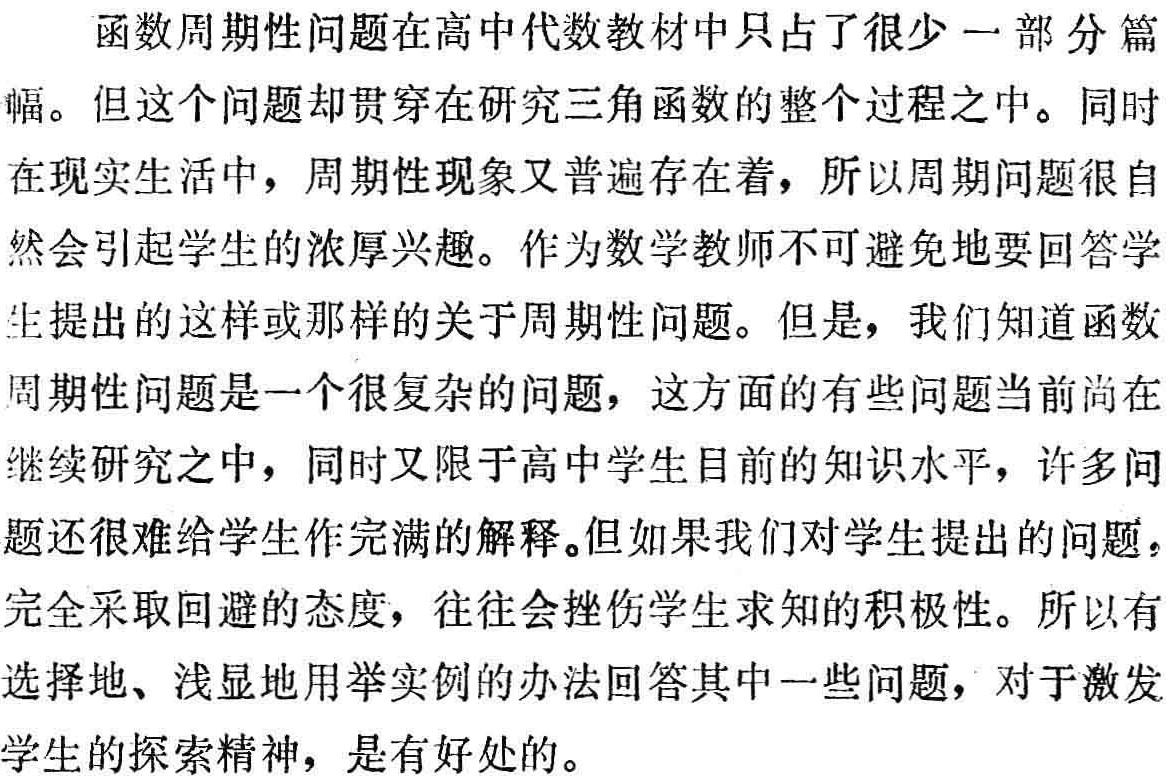
函数周期性问题在高中代数教材中只占了很少一部分篇幅。但这个问题却贯穿在研究三角函数的整个过程之中。同时在现实生活中，周期性现象又普遍存在着，所以周期问题很自然会引起学生的浓厚兴趣。作为数学教师不可避免地要回答学生提出的这样或那样的关于周期性问题。但是，我们知道函数周期性问题是一个很复杂的问题，这方面的有些问题当前尚在继续研究之中，同时又限于高中学生目前的知识水平，许多问题还很难给学生作完满的解释。但如果我们对学生提出的问题，完全采取回避的态度，往往会挫伤学生求知的积极性。所以有选择地、浅显地用举实例的办法回答其中一些问题，对于激发学生的探索精神，是有好处的。